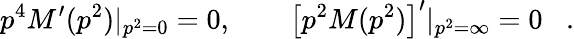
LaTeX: p^{4}M^{\prime}(p^{2})|_{p^{2}=0}=0,\qquad\left[p^{2}M(p^{2})\right]^{\prime}|_{p^{2}=\infty}=0\; \; \; .